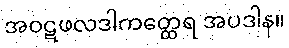
အဝဋဖလဒါကတ္ထေရ အပဒါန။